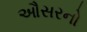
ઔસરનો